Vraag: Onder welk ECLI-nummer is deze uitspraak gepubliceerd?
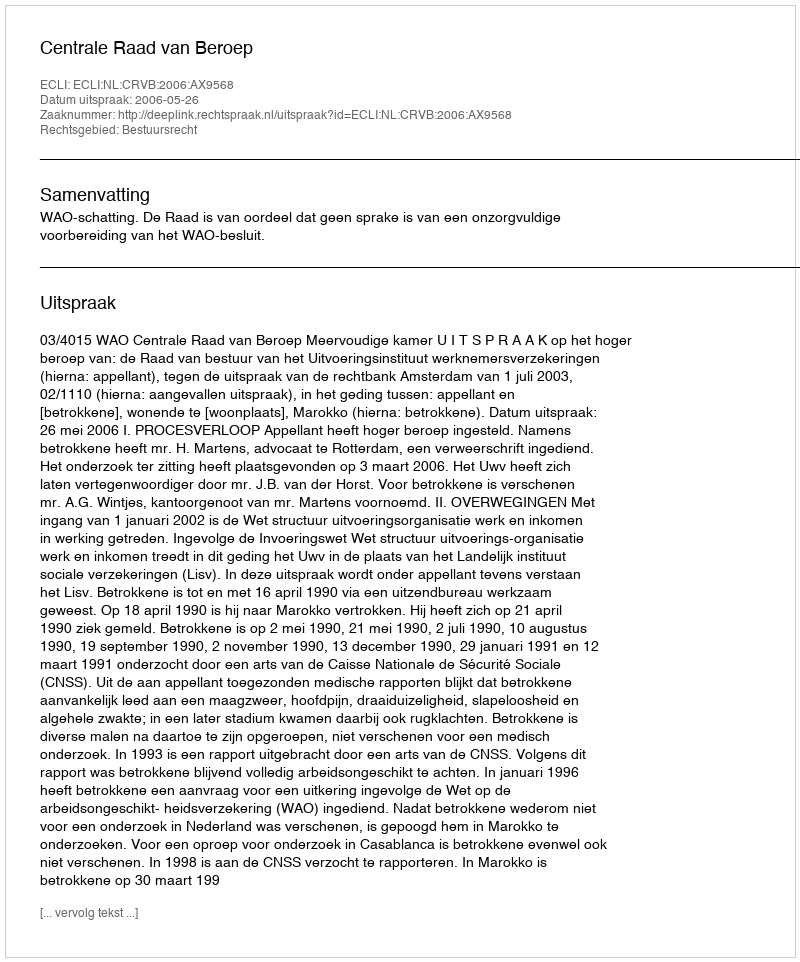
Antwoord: ECLI:NL:CRVB:2006:AX9568